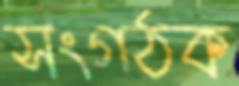
সংগঠক